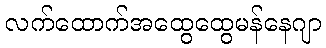
လက်ထောက်အထွေထွေမန်နေဂျာ